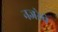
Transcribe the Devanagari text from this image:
नजरेचे